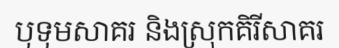
បុទុមសាគរ និងស្រុកគិរីសាគរ